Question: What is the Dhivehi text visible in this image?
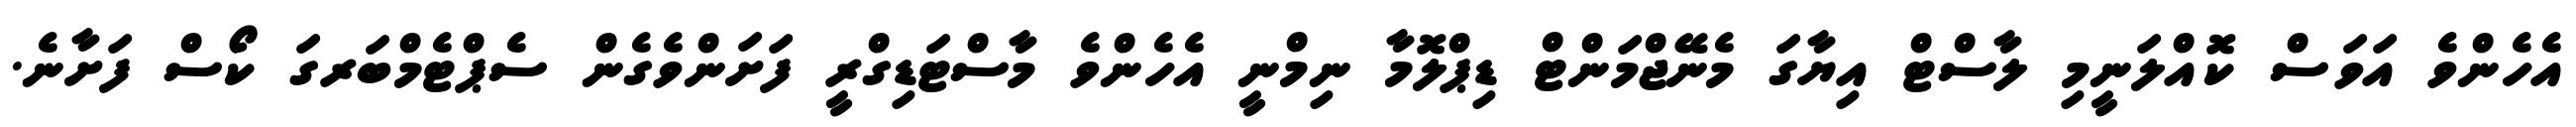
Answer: އެހެންވެ އަވަސް ކޮއްލަނީމި ލާސްޓް އިޔާގަ މެނޭޖްމަންޓް ޑިޕްލޮމާ ނިމްނީ އެހެންވެ މާސްޓަޑިގްރީ ފަށަންވެގެން ސެޕްޓެމްބަރގަ ކޯސް ފަށާނެ.